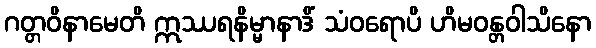
ဂတ္တဝိနာမေတိ ဣဿရနိမ္မာနာဒိံ သံဝရောပိ ဟိမဝန္တဝါသိနော